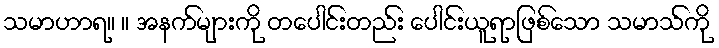
သမာဟာရ။ ။ အနက်များကို တပေါင်းတည်း ပေါင်းယူရာဖြစ်သော သမာသ်ကို